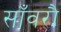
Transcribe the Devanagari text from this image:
साँवरौ